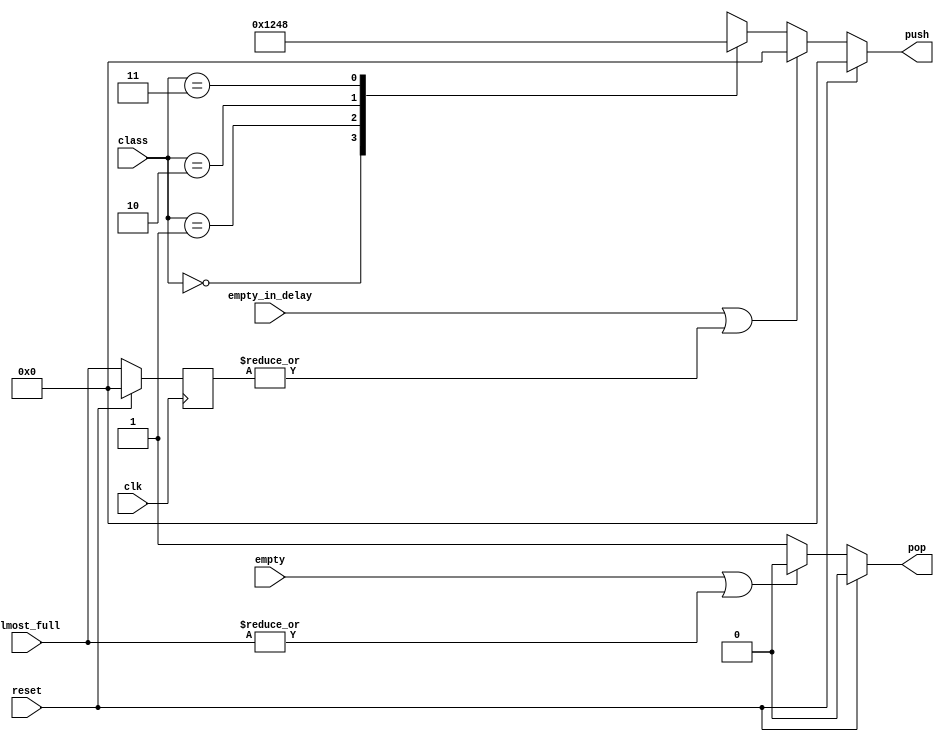
module arbitro2 (
    input empty, reset, empty_in_delay, clk,
    input [1:0] class,
    input [3:0] almost_full,
    output reg pop,
    output reg [3:0] push
);

reg [3:0] almost_full_delay;

always @(*)begin
    if (reset) begin
        pop <= 0; push <= 0;
    end
    
    else begin
        if (empty || |almost_full) begin 
            pop <= 0;
        end else pop <= 1;

        // push  usa entradas delayed  ya que se pone en bajo luego del ltimo pop 
        if (empty_in_delay || |almost_full_delay) push <= 0;
        else begin
            case (class)
                0: push <= 4'b0001;
                1: push <= 4'b0010; 
                2: push <= 4'b0100;
                3: push <= 4'b1000;
                default: push <= 4'b0000;
            endcase
        end
    end 
end

always @(posedge clk) begin  // generar almost full retardado
    if (reset) almost_full_delay <= 0;
    else almost_full_delay <= almost_full;
end
endmodule